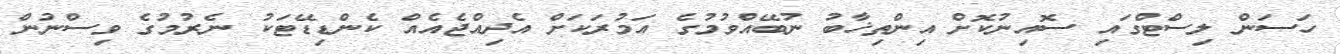
ހަސަން ލިސްޓްގައި ސޮއިނުކޮށް އިންތިޚާބު ނުބޭއްވުމުގެ އަމުރަކަށް އެދިއްޖެއެއް ކެންޑިޑޭޓަކު ނެރުމުގެ ވިސްނުން